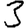
Digit: 3